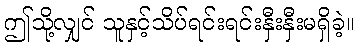
ဤသို့လျှင် သူနှင့်သိပ်ရင်းရင်းနှီးနှီးမရှိခဲ့။